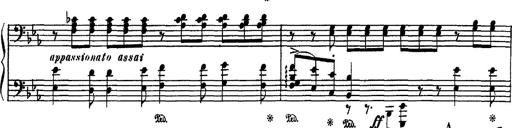
Title: Fantaisie sur des motifs favoris de l'opÃ©ra 'La sonnambula'
Composer: Franz Liszt